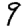
Digit: 9